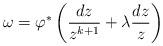
LaTeX: \begin{align*} \omega = \varphi^* \left( \frac{dz}{z^{k+1}} + \lambda \frac{dz}{z} \right)\end{align*}